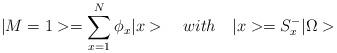
LaTeX: \begin{align*}|M=1>=\sum_{x=1}^{N}\phi_{x}|x>\quad with \quad |x>=S_{x}^{-}|\Omega>\end{align*}